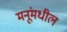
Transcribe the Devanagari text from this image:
मनूंमधील